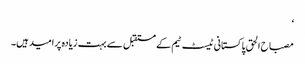
‘
مصباح الحق پاکستانی ٹیسٹ ٹیم کے مستقبل سے بہت زیادہ پرامید ہیں۔